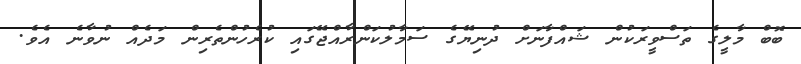
ބޮބް މާލީގެ ތަސްވީރަކުން ޝައްފާނަށް ދުނިޔޭގެ ސަމާލުކަންރާއްޖޭގައި ކުރެހުންތެރިން މަދެއް ނުވާނެ އެވެ.